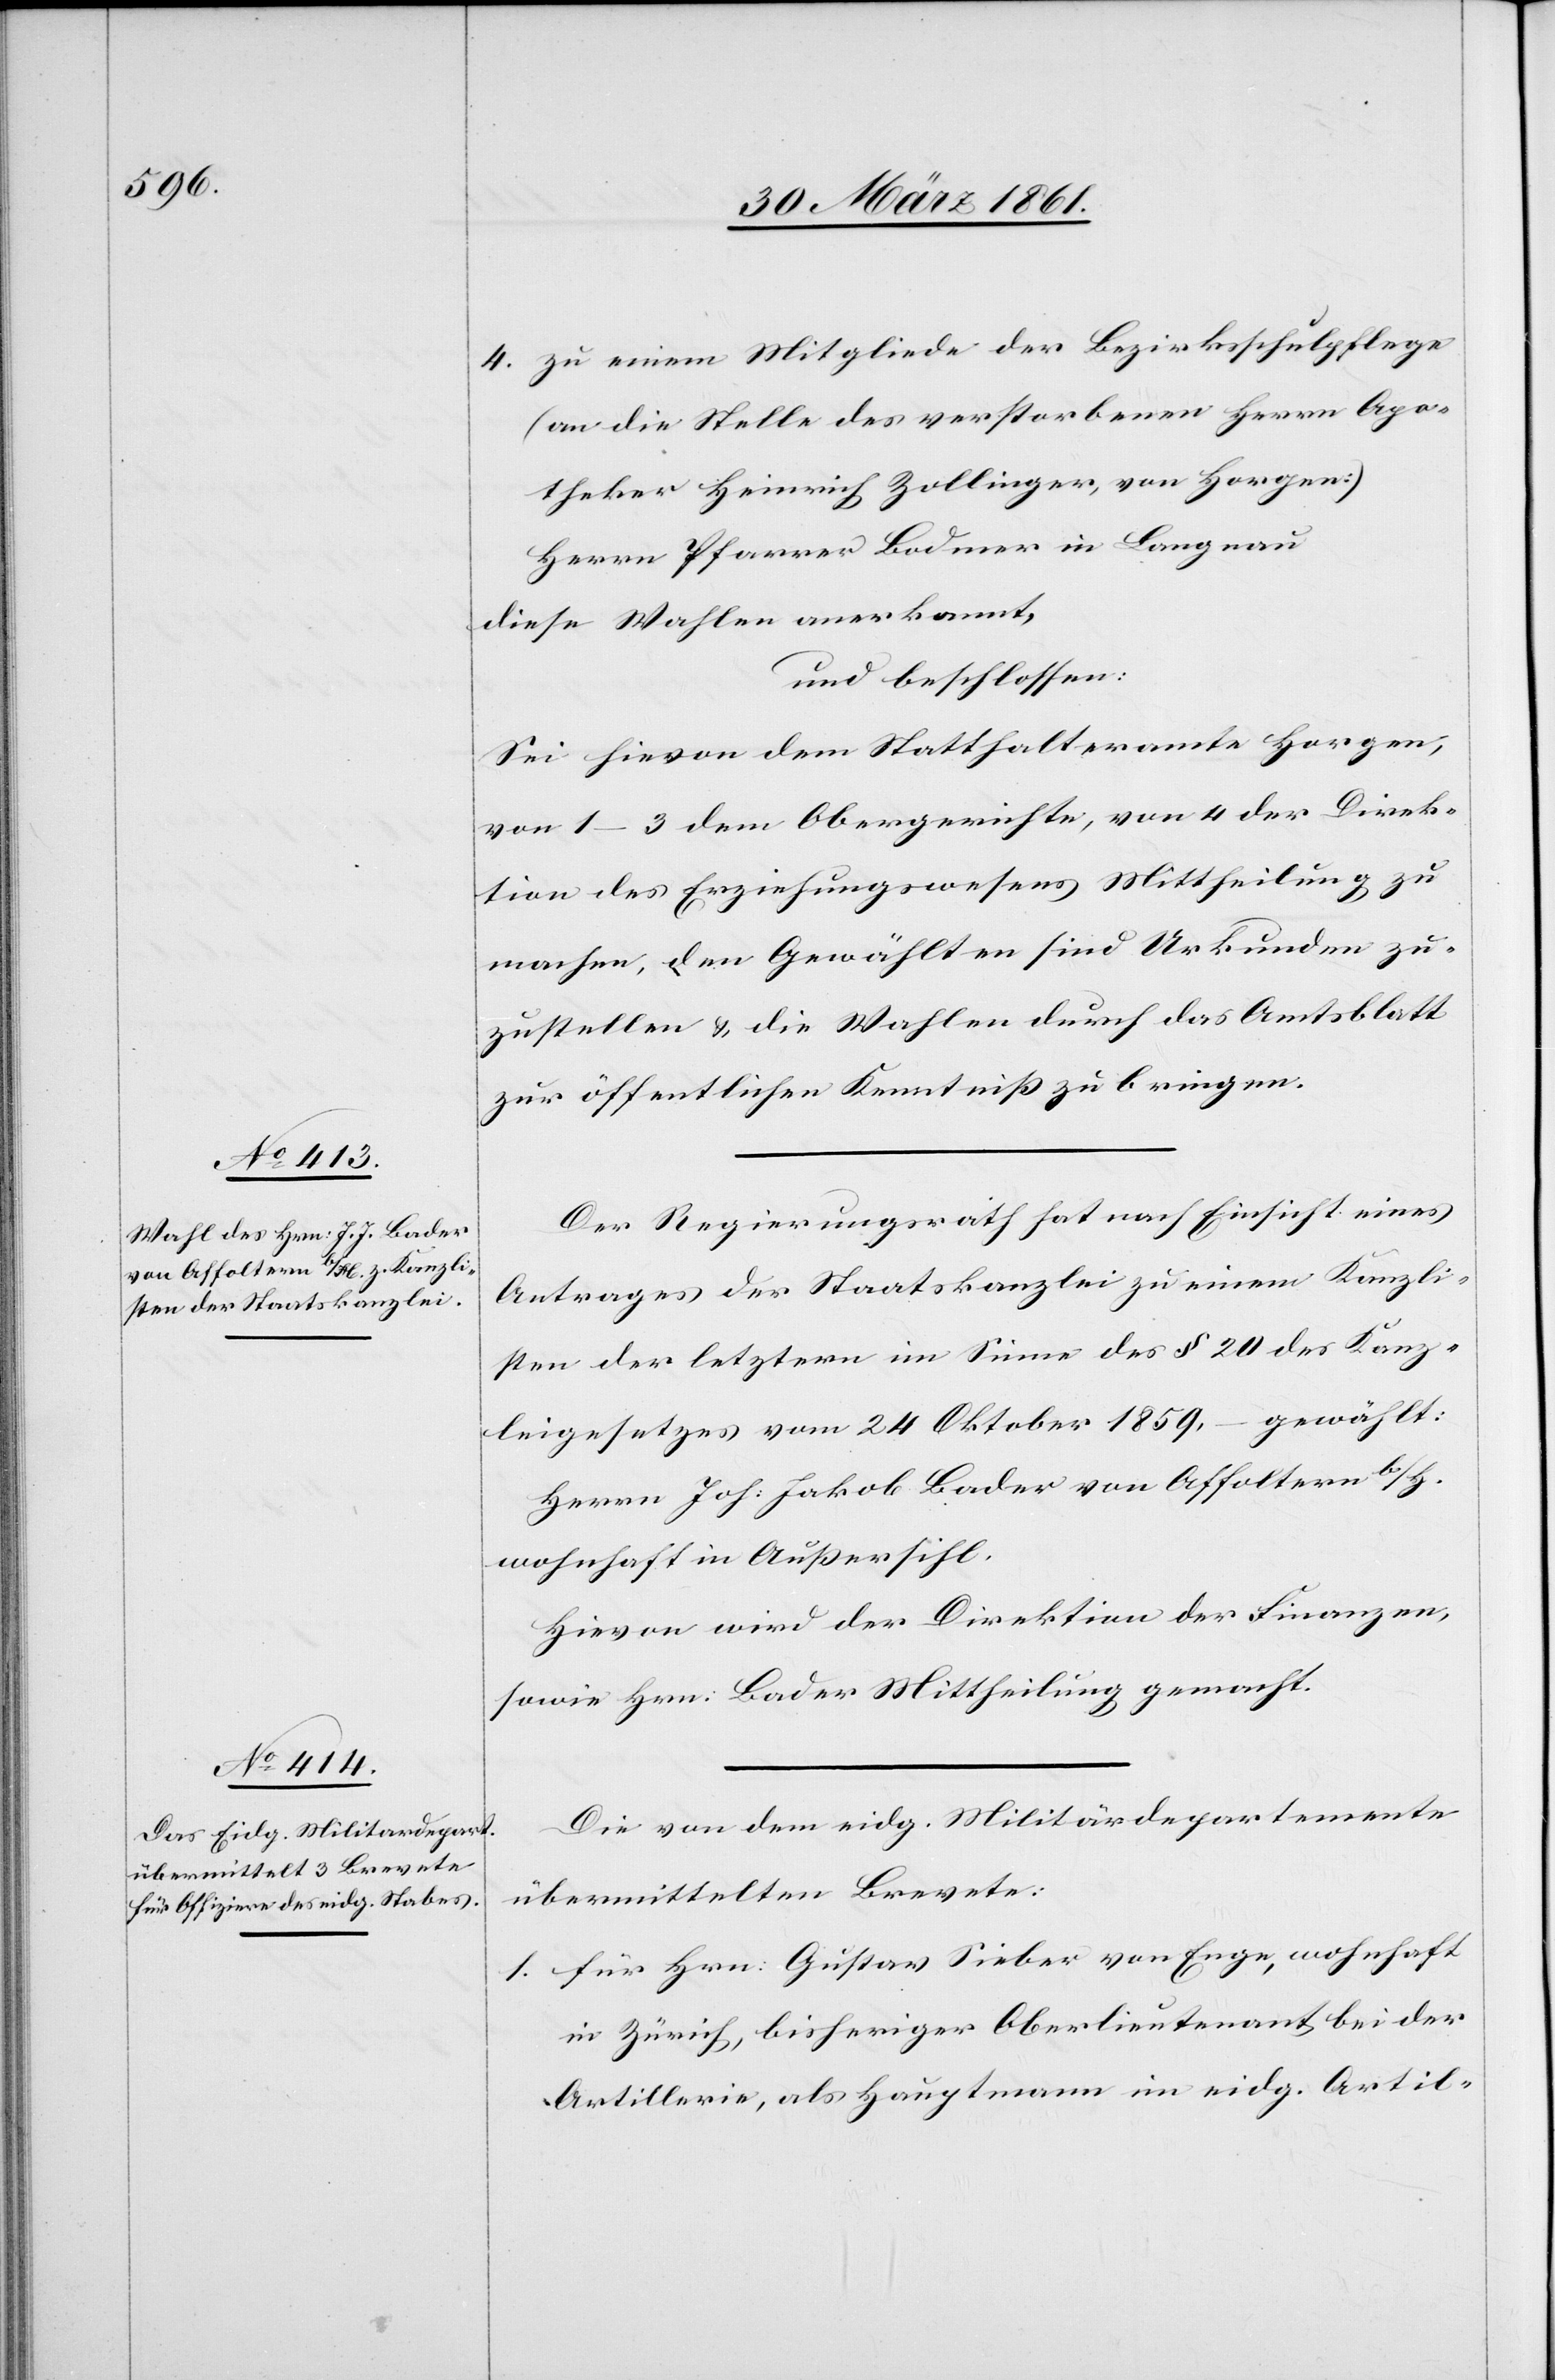
4. zu einem Mitgliede der Bezirksschulpflege
(an die Stelle des verstorbenen Herrn Apo¬
theker Heinrich Zollinger, von Horgen)
Herrn Pfarrer Bodmer in Langnau
diese Wahlen anerkannt,
und beschlossen:
Sei hievon dem Statthalteramte Horgen,
von 1–3 dem Obergerichte, von 4 der Direk¬
tion des Erziehungswesens Mittheilung zu
machen, den Gewählten sind Urkunden zu¬
zustellen u. die Wahlen durch das Amtsblatt
zur öffentlichen Kenntniß zu bringen.
Der Regierungsrath hat nach Einsicht eines
Antrages der Staatskanzlei zu einem Kanzli¬
sten der letztern im Sinne des § 20 des Kanz¬
leigesetzes vom 24. Oktober 1859, gewählt:
Herrn Joh: Jakob Bader von Affoltern b/H.
wohnhaft in Außersihl.
Hievon wird der Direktion der Finanzen,
sowie Hrn. Bader Mittheilung gemacht.
Die von dem eidg. Militärdepartemente
übermittelten Brevete:
1. für Hrn: Gustav Sieber von Enge, wohnhaft
in Zürich, bisheriger Oberlieutenant bei der
Artillerie, als Hauptmann im eidg. Artil-